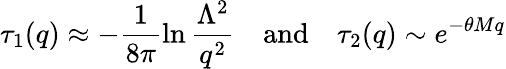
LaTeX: \tau_{1}(q)\approx-\frac{1}{8\pi}\ln\frac{\Lambda^{2}}{q^{2}}\quad\mathrm{and}\quad\tau_{2}(q)\sim e^{-\theta Mq}